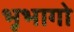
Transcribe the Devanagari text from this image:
भूभागो